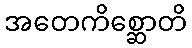
အတေကိစ္ဆောတိ